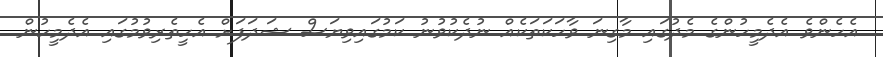
އެހެންވެ އެދެމީހުންގެ މެދުގައި މާގިނަ ވާހަކަތަކެއް ނުދެކުވުނު ކަމުގައިވިޔަސް ޝަދަފަށް އެހީތެރިވުމުގައި އެދެމީހުން